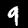
Label: 9